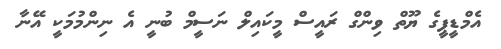
އެމްޑީޕީގެ ޔޫތް ވިންގް ރައީސް މީކައިލް ނަސީމް ބުނީ އެ ނިންމުމަކީ އޭނާ